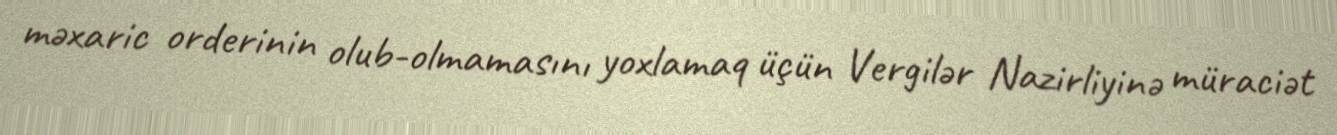
məxaric orderinin olub-olmamasını yoxlamaq üçün Vergilər Nazirliyinə müraciət